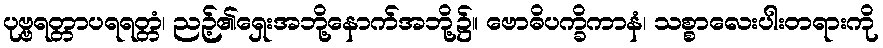
ပုဗ္ဗရတ္တာပရရတ္တံ၊ ညဉ့်၏ရှေးအဘို့နောက်အဘို့၌။ ဗောဓိပက္ခိကာနံ၊ သစ္စာလေးပါးတရားကို